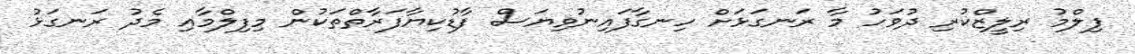
ފިލްމު ރިލީޒްކުރި ދުވަހު މާ ރަނގަޅަށް ހިނގާފައިނުވިޔަސް ފާޑުކިޔާފަރާތްތަކުން މިފިލްމާއި މެދު ރަނގަޅު